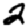
Digit: 2